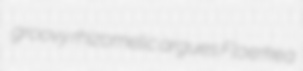
groovy rhizomelic argues Floerkea